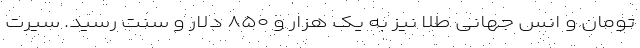
تومان و انس جهانی طلا نیز به یک‌ هزار و ۸۵۰ دلار و سنت رسید. سیرتِ